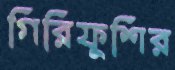
গিরিফুশির